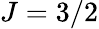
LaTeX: J=3/2